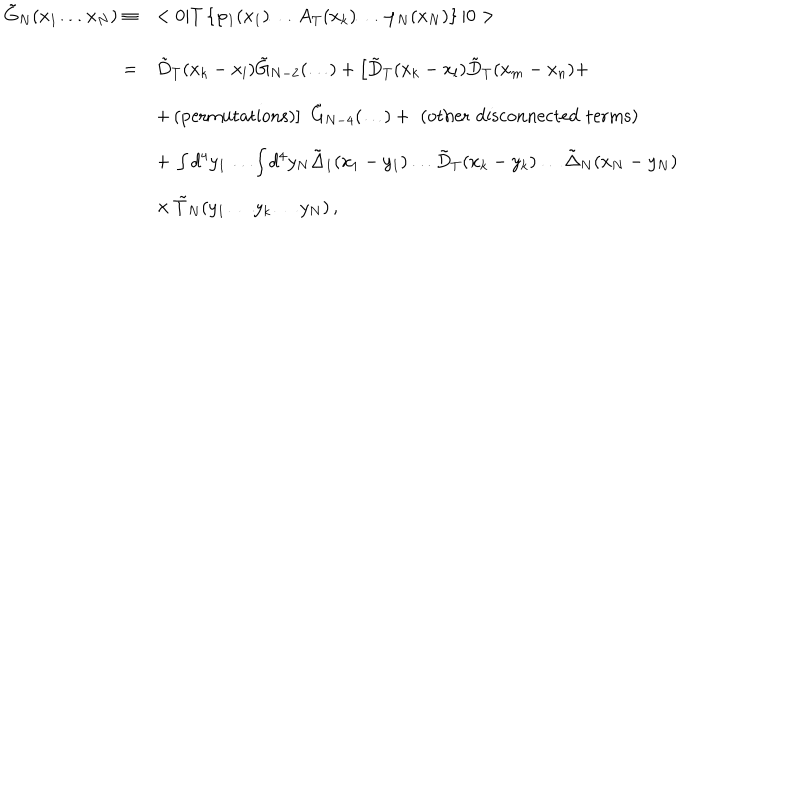
\begin{array} { r l } { { \tilde { G } _ { N } ( x _ { 1 } \ldots x _ { N } ) \equiv } } & { { < 0 | T \left\{ \varphi _ { 1 } ( x _ { 1 } ) \ldots A _ { T } ( x _ { k } ) \ldots \varphi _ { N } ( x _ { N } ) \right\} | 0 > } } \\ { { = } } & { { \tilde { D } _ { T } ( x _ { k } - x _ { l } ) \tilde { G } _ { N - 2 } ( \ldots ) + \left[ \tilde { D } _ { T } ( x _ { k } - x _ { l } ) \tilde { D } _ { T } ( x _ { m } - x _ { n } ) + \right. } } \\ { { \mathrm { } } } & { { \left. + \, \mathrm { { ( p e r m u t a t i o n s ) } } \right] \, \, \tilde { G } _ { N - 4 } ( \ldots ) + \, \, { \mathrm { ( o t h e r \, \, d i s c o n n e c t e d \, \, t e r m s ) } } } } \\ { { \mathrm { } } } & { { + \, \int d ^ { 4 } y _ { 1 } \ldots \int d ^ { 4 } y _ { N } \tilde { \Delta } _ { 1 } ( x _ { 1 } - y _ { 1 } ) \ldots \tilde { D } _ { T } ( x _ { k } - y _ { k } ) \ldots \tilde { \Delta } _ { N } ( x _ { N } - y _ { N } ) } } \\ { { \mathrm { } } } & { { \times \, \tilde { T } _ { N } ( y _ { 1 } \ldots y _ { k } \ldots y _ { N } ) \, , } } \\ \end{array}